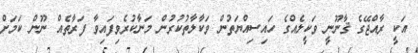
އަކީ ރާއްޖޭގެ ޤާނޫނީ ވަކީލެއްގެ ހައިސިއްޔަތުން ވަކާލާތުކުރުން މަނާކުރެވިފައިވާ ފަރާތެއް ނޫން ކަމަށް